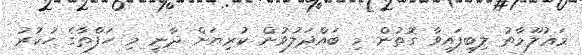
މަޢުލޫމާތު ލިބިފައިވާ ގޮތުން މި ބައްދަލުވުން ކުރިޔަށް ދާނީ މި ހަފްތާގެ ހުކުރު